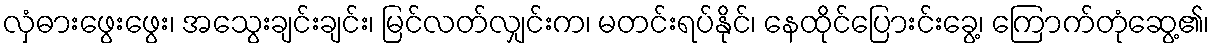
လှံဓားဖွေးဖွေး၊ အသွေးချင်းချင်း၊ မြင်လတ်လျှင်းက၊ မတင်းရပ်နိုင်၊ နေထိုင်ပြေားင်းခွေ့၊ ကြောက်တုံဆွေ့၏၊